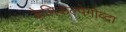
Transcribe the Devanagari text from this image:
कैमिकल्पेगोव्दा